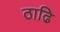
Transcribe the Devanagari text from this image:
ठाढि